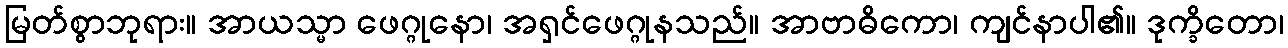
မြတ်စွာဘုရား။ အာယသ္မာ ဖေဂ္ဂုနော၊ အရှင်ဖေဂ္ဂုနသည်။ အာဗာဓိကော၊ ကျင်နာပါ၏။ ဒုက္ခိတော၊